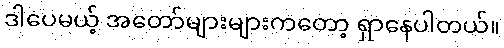
ဒါပေမယ့် အတော်များများကတော့ ရှာနေပါတယ်။